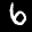
Label: 6